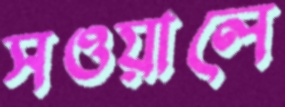
সওয়ালে